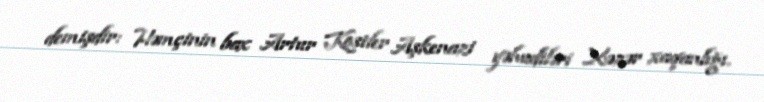
demişdir: Həmçinin bax Artur Kostler Aşkenazi yəhudiləri Xəzər xaqanlığı.